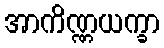
အာကိဏ္ဏယက္ခာ